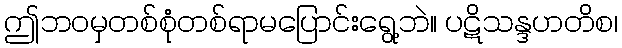
ဤဘဝမှတစ်စုံတစ်ရာမပြောင်းရွေ့ဘဲ။ ပဋိသန္ဒဟတိစ၊